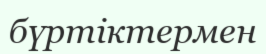
бүртіктермен